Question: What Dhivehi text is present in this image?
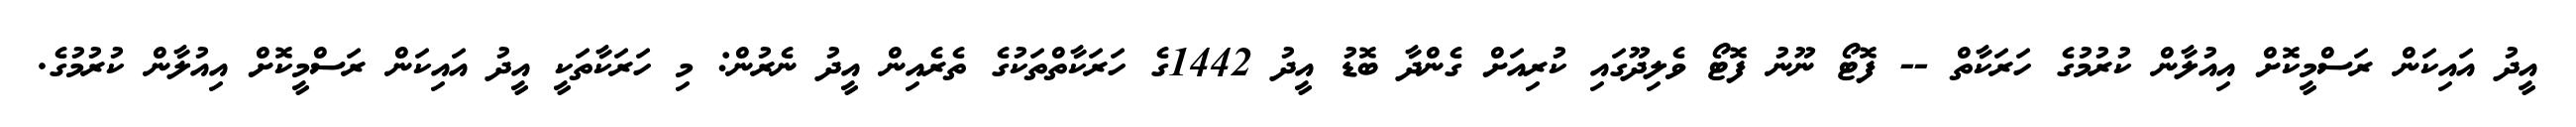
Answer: އީދު އައިކަން ރަސްމީކޮށް އިއުލާން ކުރުމުގެ ހަރަކާތް -- ފޮޓޯ ނޫނު ފޮޓޯ ވެލިދޫގައި ކުރިއަށް ގެންދާ ބޮޑު އީދު 1442ގެ ހަރަކާތްތަކުގެ ތެރެއިން އީދު ނެރުން: މި ހަރަކާތަކީ އީދު އައިކަން ރަސްމީކޮށް އިއުލާން ކުރުމުގެ.